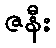
ဇနီး